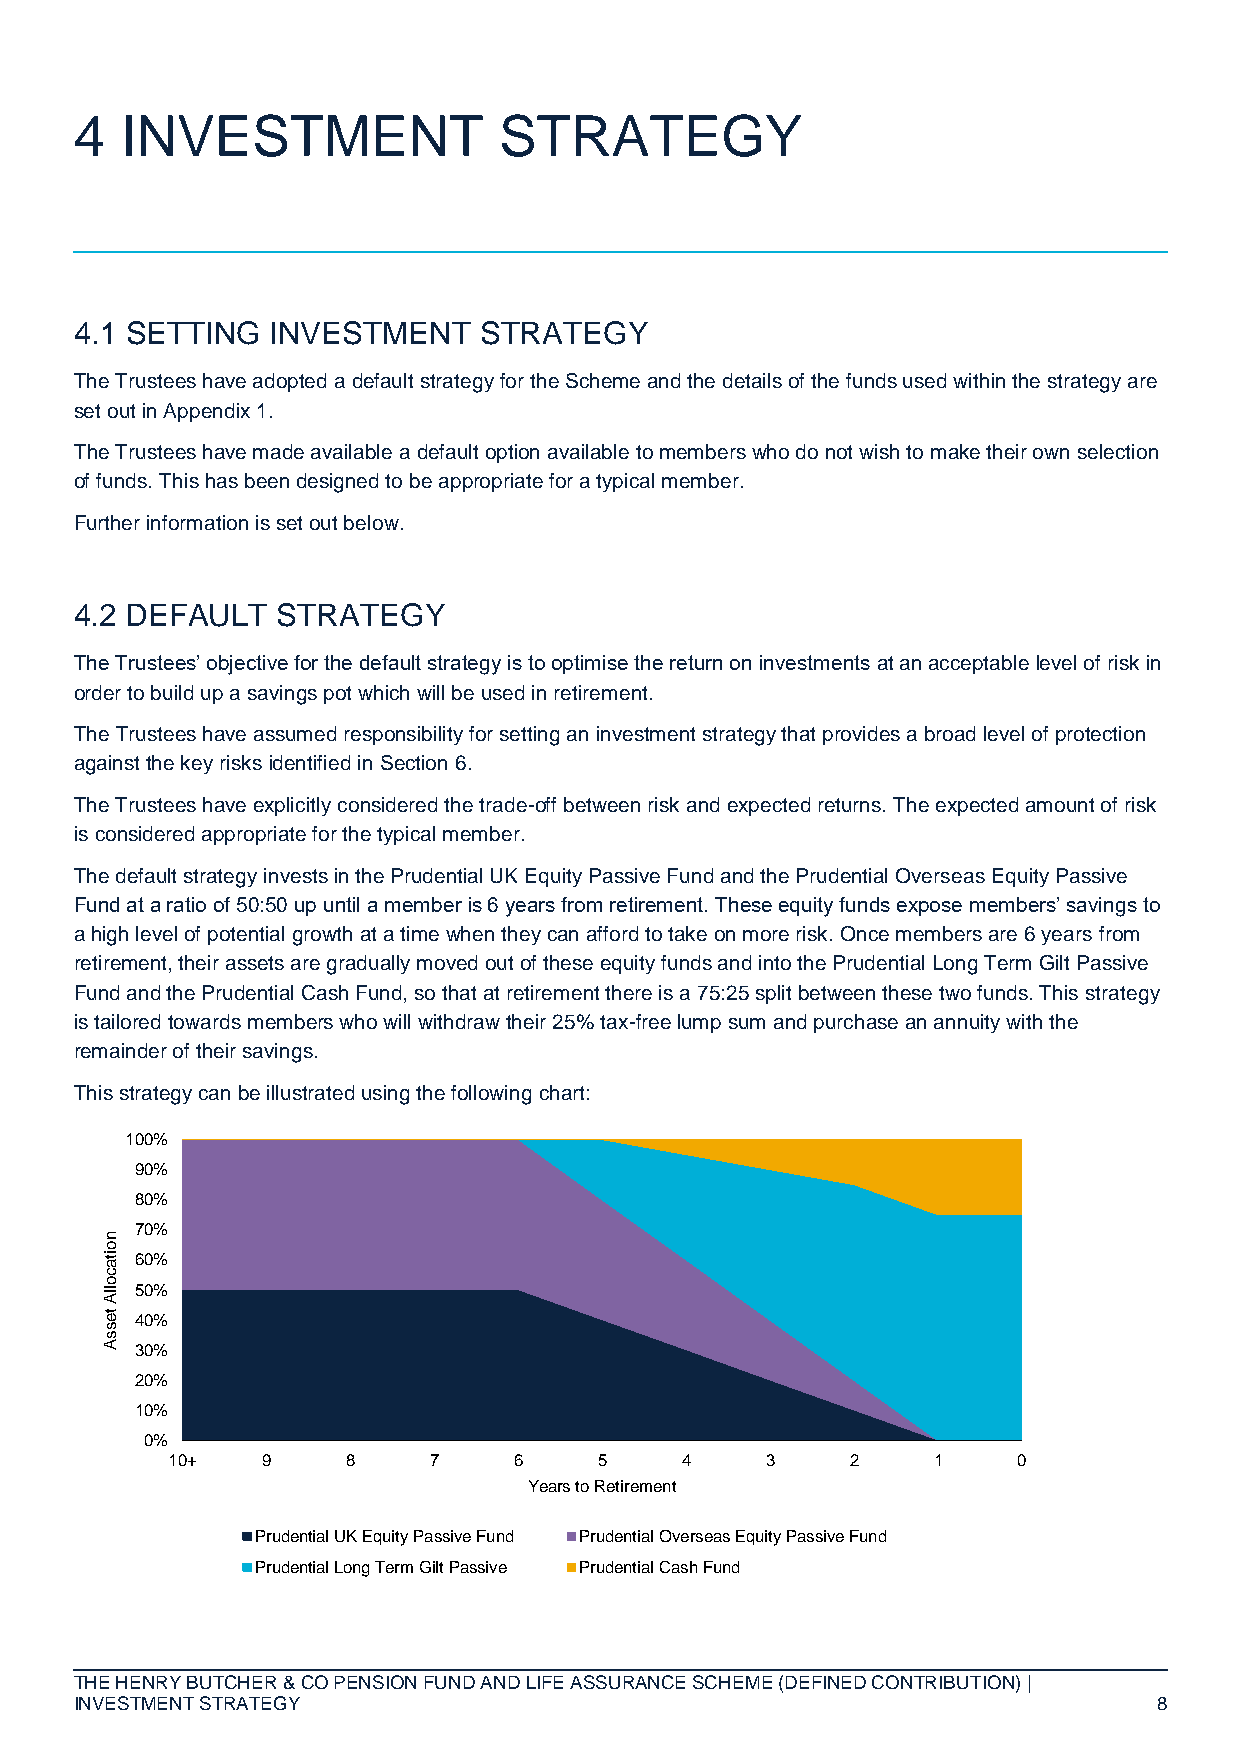
4  INVESTMENT               STRATEGY
 4.1 SETTING  INVESTMENT    STRATEGY
 The Trustees have adopted a default strategy for the Scheme and the details of the funds used within the strategy are
 set out in Appendix 1.
 The Trustees have made available a default option available to members who do not wish to make their own selection
 of funds. This has been designed to be appropriate for a typical member.
 Further information is set out below.
 4.2 DEFAULT  STRATEGY
 The Trustees’ objective for the default strategy is to optimise the return on investments at an acceptable level of risk in
 order to build up a savings pot which will be used in retirement.
 The Trustees have assumed responsibility for setting an investment strategy that provides a broad level of protection
 against the key risks identified in Section 6.
 The Trustees have explicitly considered the trade-off between risk and expected returns. The expected amount of risk
 is considered appropriate for the typical member.
 The default strategy invests in the Prudential UK Equity Passive Fund and the Prudential Overseas Equity Passive
 Fund at a ratio of 50:50 up until a member is 6 years from retirement. These equity funds expose members’ savings to
 a high level of potential growth at a time when they can afford to take on more risk. Once members are 6 years from
 retirement, their assets are gradually moved out of these equity funds and into the Prudential Long Term Gilt Passive
 Fund and the Prudential Cash Fund, so that at retirement there is a 75:25 split between these two funds. This strategy
 is tailored towards members who will withdraw their 25% tax-free lump sum and purchase an annuity with the
 remainder of their savings.
 This strategy can be illustrated using the following chart:
 100%
 90%
 80%
 70%
 n
 o
 ita 60%
 c
 o
 llA 50%
 te 40%
 s
 s
 A 30%
 20%
 10%
 0%
 10+   9     8    7     6     5    4     3    2     1    0
 Years to Retirement
 Prudential UK Equity Passive Fund Prudential Overseas Equity Passive Fund
 Prudential Long Term Gilt Passive Prudential Cash Fund
 THE HENRY BUTCHER & CO PENSION FUND AND LIFE ASSURANCE SCHEME (DEFINED CONTRIBUTION) |
 INVESTMENT STRATEGY                                                     8